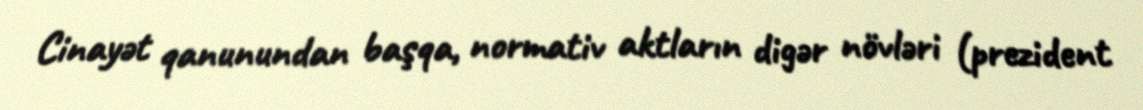
Cinayət qanunundan başqa, normativ aktların digər növləri (prezident